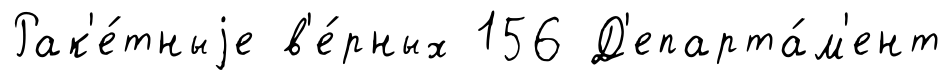
Рак'е́тныjе в'е́рных 156 Д'епарта́м'ент